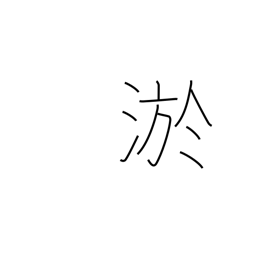
Meaning: silt